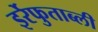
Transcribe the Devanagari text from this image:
इर्रेफुताब्ली